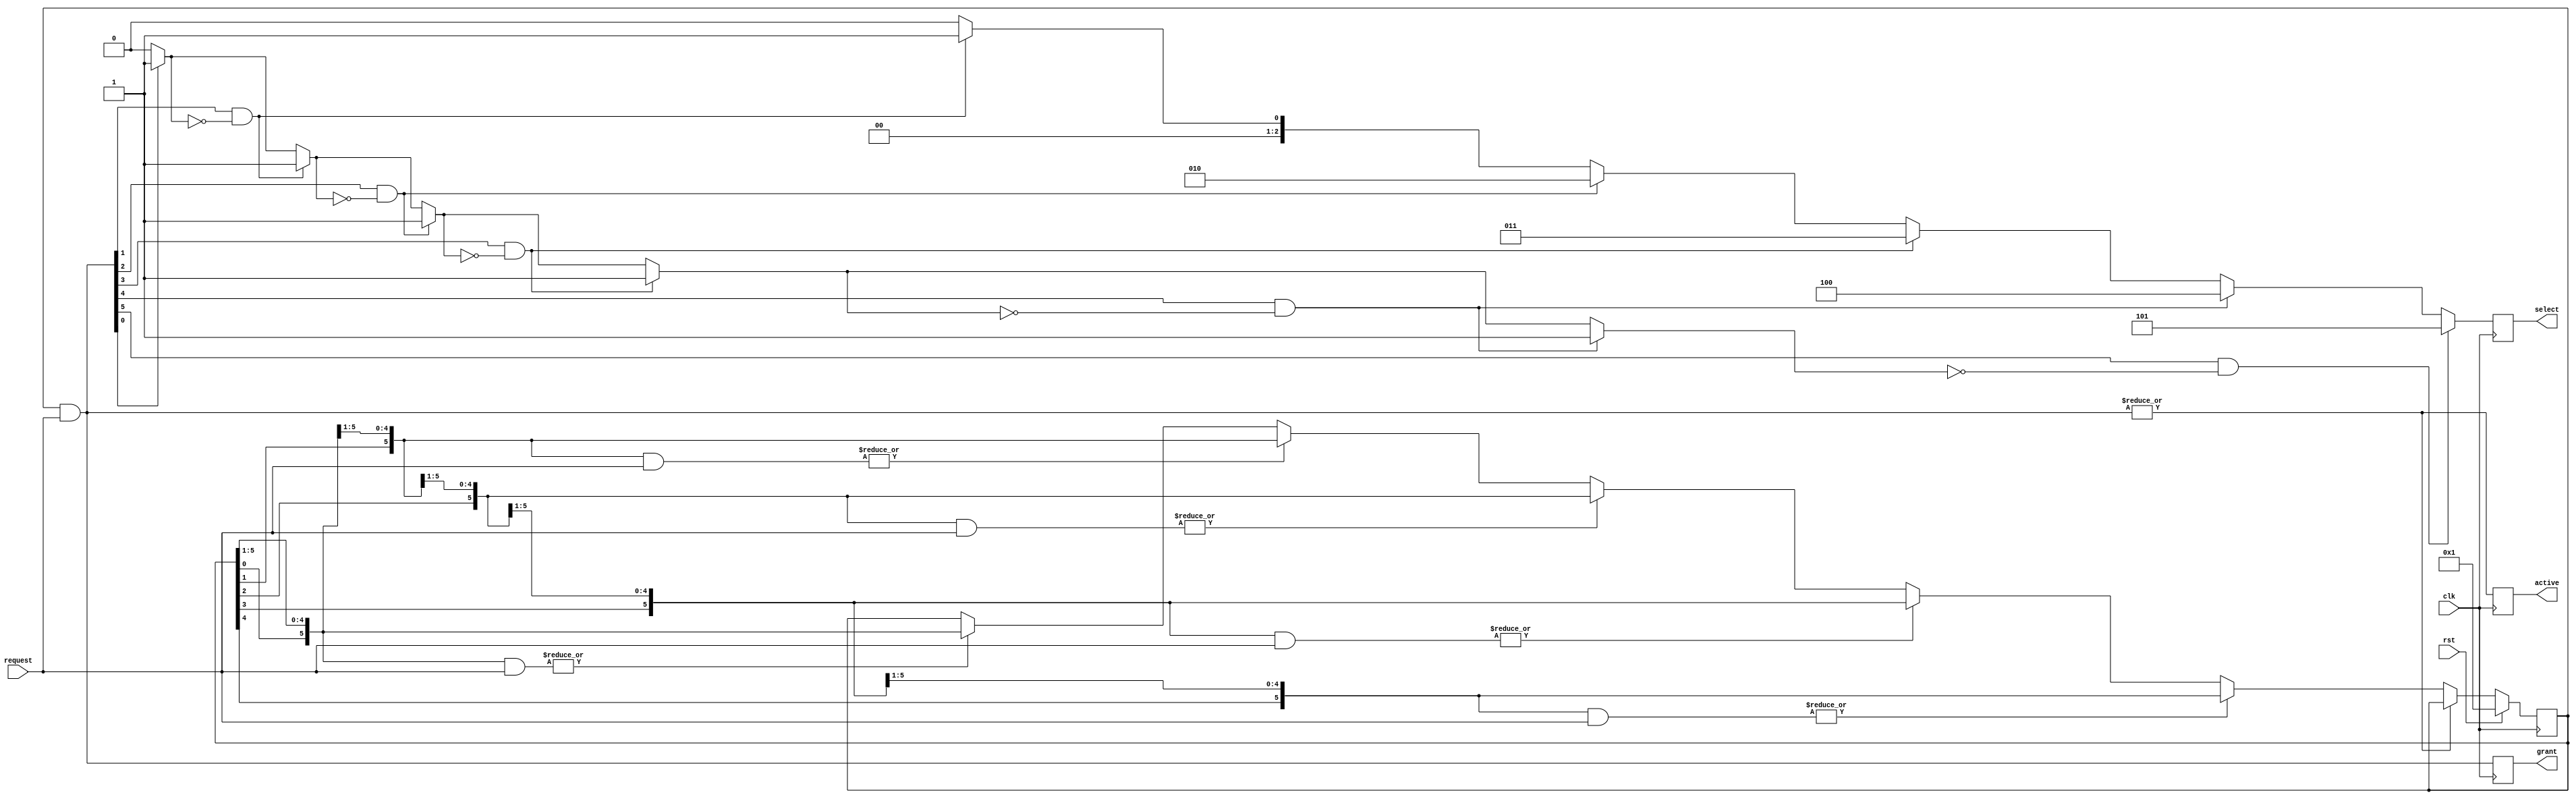
module arbiter
  #(parameter
    NUM_PORTS = 6,
    SEL_WIDTH = ((NUM_PORTS > 1) ? $clog2(NUM_PORTS) : 1))
   (input                       clk,
    input                       rst,
    input      [NUM_PORTS-1:0]  request,
    output reg [NUM_PORTS-1:0]  grant,
    output reg [SEL_WIDTH-1:0]  select,
    output reg                  active
);
    /**
     */
    localparam WRAP_LENGTH = 2*NUM_PORTS;
    // Find First 1 - Start from MSB and count downwards, returns 0 when no
    // bit set
    function [SEL_WIDTH-1:0] ff1 (
        input [NUM_PORTS-1:0] in
    );
        reg     set;
        integer i;
        begin
            set = 1'b0;
            ff1 = 'b0;
            for (i = 0; i < NUM_PORTS; i = i + 1) begin
                if (in[i] & ~set) begin
                    set = 1'b1;
                    ff1 = i[0 +: SEL_WIDTH];
                end
            end
        end
    endfunction
`ifdef VERBOSE
    initial $display("Bus arbiter with %d units", NUM_PORTS);
`endif
    /**
     */
    integer                 yy;
    wire                    next;
    wire [NUM_PORTS-1:0]    order;
    reg  [NUM_PORTS-1:0]    token;
    wire [NUM_PORTS-1:0]    token_lookahead [NUM_PORTS-1:0];
    wire [WRAP_LENGTH-1:0]  token_wrap;
    /**
     */
    assign token_wrap   = {token, token};
    assign next         = ~|(token & request);
    always @(posedge clk)
        grant <= token & request;
    always @(posedge clk)
        select <= ff1(token & request);
    always @(posedge clk)
        active <= |(token & request);
    always @(posedge clk)
        if (rst) token <= 'b1;
        else if (next) begin
            for (yy = 0; yy < NUM_PORTS; yy = yy + 1) begin : TOKEN_
                if (order[yy]) begin
                    token <= token_lookahead[yy];
                end
            end
        end
    genvar xx;
    generate
        for (xx = 0; xx < NUM_PORTS; xx = xx + 1) begin : ORDER_
            assign token_lookahead[xx]  = token_wrap[xx +: NUM_PORTS];
            assign order[xx]            = |(token_lookahead[xx] & request);
        end
    endgenerate
endmodule